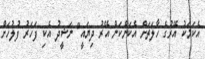
އެކަމަކު އޭރުގެ ހާލަތަށް އެކަންކަން އޭރު ދިޔައީ" ނަޝީދު އެކި ފަހަރު ފުލުހަށް